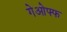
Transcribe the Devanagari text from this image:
गेओफ्फ